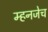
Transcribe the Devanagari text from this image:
म्हनजेच